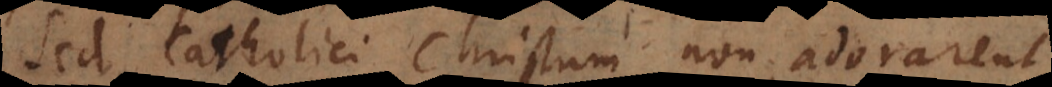
Sed Catholici Christum non adorarent